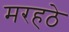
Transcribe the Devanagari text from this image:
मरहठे